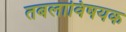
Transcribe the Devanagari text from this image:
तबलाविषयक